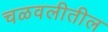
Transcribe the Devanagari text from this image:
चळवलीतील